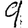
Digit: 9